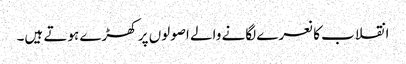
انقلاب کا نعرے لگانے والے اصولوں پر کھڑے ہوتے ہیں۔